Report on vaccination in the Province of Bengal - 1874-1889
Year: 1874
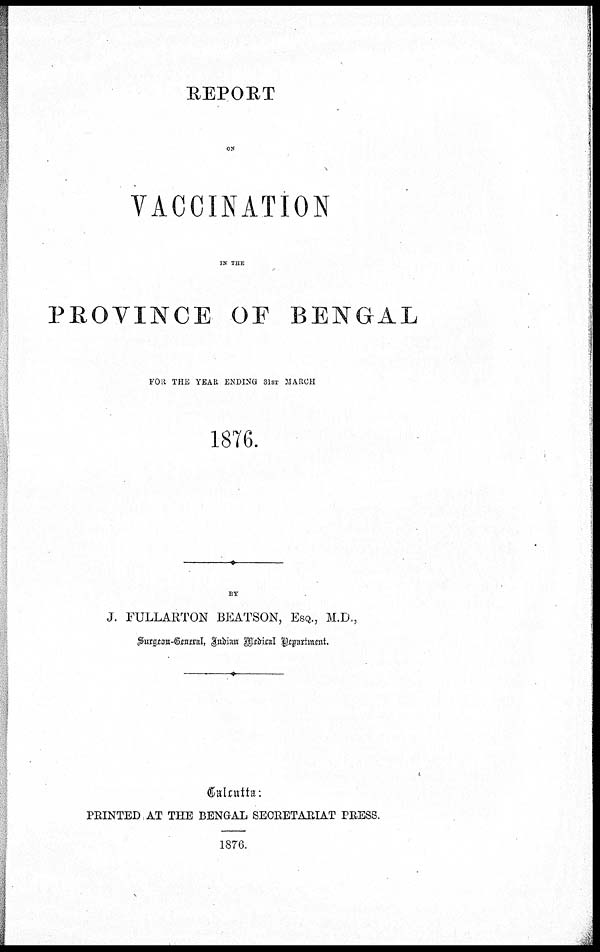
REPORT
ON
VACCINATION
IN THE
PROVINCE OF BENGAL
FOR THE YEAR ENDING 31ST MARCH
1876.
BY
J. FULLARTON BEATSON, ESQ., M.D.,
Surgeon-General Indian Medical Department.
Calcutta:
PRINTED AT THE BENGAL SECRETARIAT PRESS.
1876.